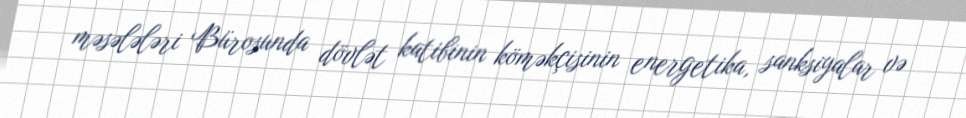
məsələləri Bürosunda dövlət katibinin köməkçisinin energetika, sanksiyalar və